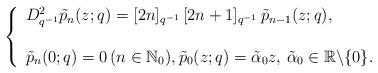
LaTeX: \begin{align*}\left\{ \begin{array}{ll}D_{q^{-1}}^{2}\tilde{p}_n(z;q)= [2n]_{q^{-1}}\,[2n+1]_{q^{-1}}\, \tilde{p}_{n-1}(z;q), & \hbox{} \\\\ \tilde{p}_n(0;q)=0 \, (n\in \mathbb{N}_0), \tilde{p}_0(z;q)=\tilde{\alpha}_0 z, \, \tilde{\alpha}_0\in \mathbb{R}\backslash \{0\}. & \hbox{} \end{array}\right.\end{align*}